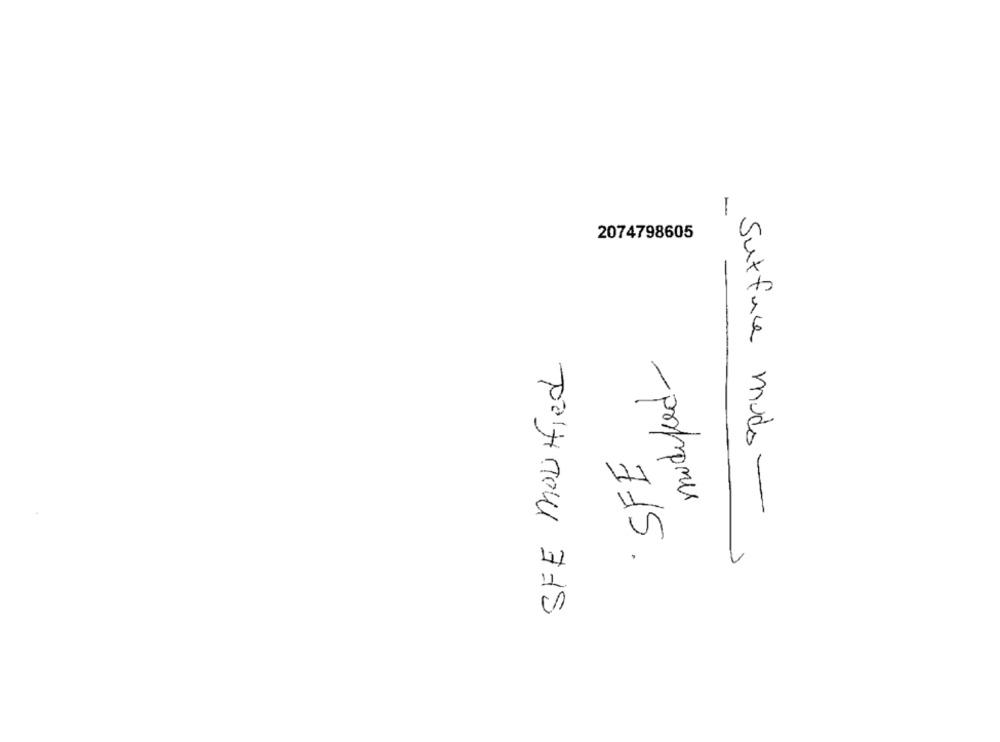
-
2074798605
SFE modified
modified-
`SFE
Surface mudo -